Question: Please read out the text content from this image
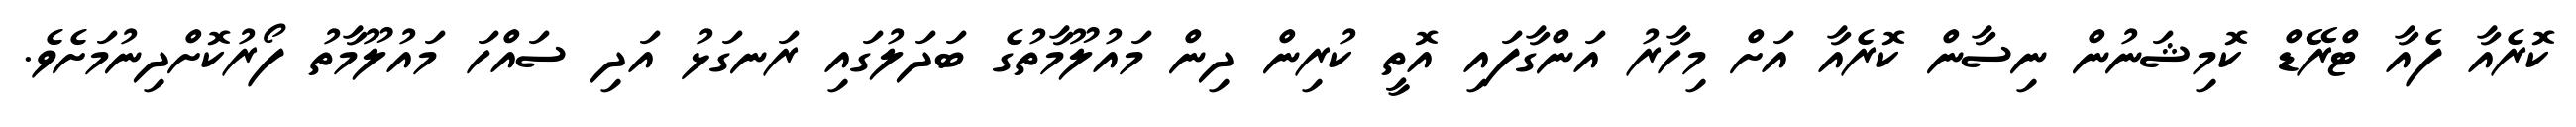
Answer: ކޮރެއާ ފެއާ ޓްރޭޑް ކޮމިޝަނުން ނިސާން ކޮރެއާ އަށް މިހާރު އަންގާފައި އޮތީ ކުރިން ދިން މައުލޫމާތުގެ ބަދަލުގައި ރަނގަޅު އަދި ސައްހަ މައުލޫމާތު ފޯރުކޮށްދިނުމަށެވެ.